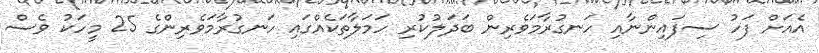
އެއަށް ފަހު ސިފައިންނާއި ހަނގުރާމަވެރިން ބަދަލުކުރި ހަމަލާތަކެއްގައި ހަނގުރާމަވެރިންގެ 25 މީހަކު ވެސް